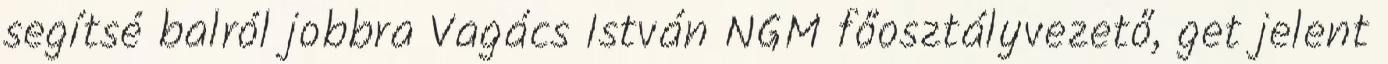
segítsé balról jobbra Vagács István NGM főosztályvezető, get jelent